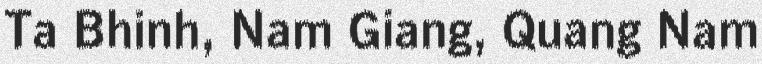
Ta Bhinh, Nam Giang, Quang Nam